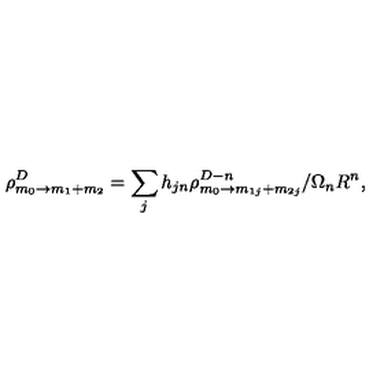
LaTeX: \rho _ { m _ { 0 } \rightarrow m _ { 1 } + m _ { 2 } } ^ { D } = \sum _ { j } h _ { j n } \rho _ { m _ { 0 } \rightarrow m _ { 1 j } + m _ { 2 j } } ^ { D - n } / \Omega _ { n } R ^ { n } ,